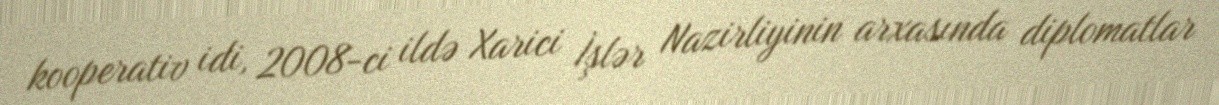
kooperativ idi, 2008-ci ildə Xarici İşlər Nazirliyinin arxasında diplomatlar